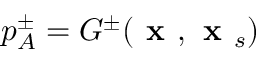
p _ { A } ^ { \pm } = G ^ { \pm } ( \textbf { x } , \textbf { x } _ { s } )